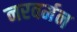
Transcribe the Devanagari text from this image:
नरवर्मन